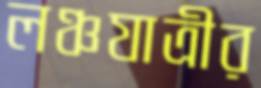
লঞ্চযাত্রীর